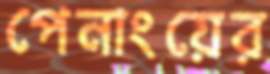
পেনাংয়ের